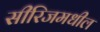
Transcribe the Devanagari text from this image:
सीरिजमधील